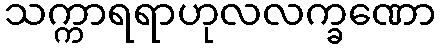
သက္ကာရရာဟုလလက္ခဏော